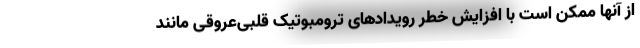
از آنها ممکن است با افزایش خطر رویدادهای ترومبوتیک قلبی‌عروقی مانند